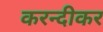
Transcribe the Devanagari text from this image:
करन्दीकर